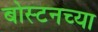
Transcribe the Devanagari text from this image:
बोस्टनच्या